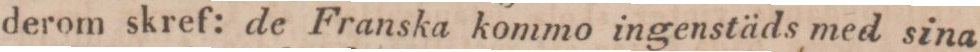
derom skref: de Franska kommo ingenstäds med sina